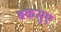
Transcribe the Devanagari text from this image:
बकसुए